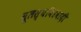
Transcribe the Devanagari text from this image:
मूलस्थविरवादी